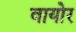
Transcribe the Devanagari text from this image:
वायोर